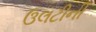
ઉલટીની